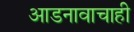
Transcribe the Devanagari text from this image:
आडनावाचाही